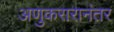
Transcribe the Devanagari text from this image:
अणुकरारानंतर